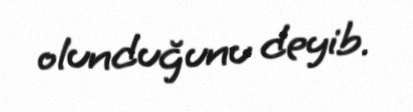
olunduğunu deyib.